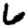
Digit: 6